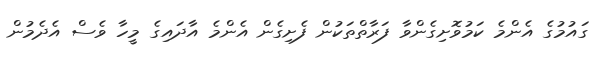
ގައުމުގެ އެންމެ ކަމުވޮށިގެންވާ ފަރާތްތަކުން ފެށިގެން އެންމެ އާދައިގެ މީހާ ވެސް އެދެމުން